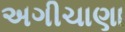
અગીચાણા